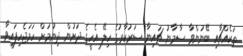
ތަކެއްޗާއި ބޭނުންވާ ސާމާނު ޗައިނާ ސަރުކާރުގެ ހިލޭ އެހީގެ ދަށުން ދިނުމަށް ހަމަޖެހިފައިވާ